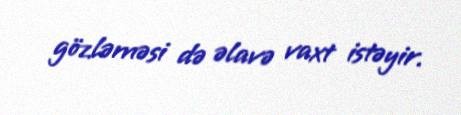
gözləməsi də əlavə vaxt istəyir.